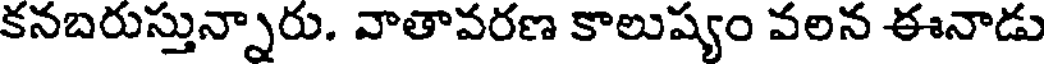
కనబరుస్తున్నారు. వాతావరణ కాలుష్యం వలన ఈనాడు